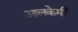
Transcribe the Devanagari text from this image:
आलकेमी